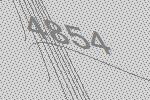
4854